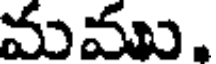
మము.